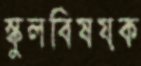
স্কুলবিষয়ক